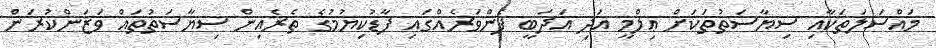
މައްސަލަތަކާއި ސިޔާސަތުތަކަށް ޢިލްމީ އަދި އަދަބީ ފެންވަރެއްގައި ފާޑުކިޔުމުގެ ތެރެއިން ސިޔާސަތުތައް ވަޒަންކުރަން